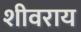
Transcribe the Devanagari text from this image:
शीवराय